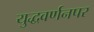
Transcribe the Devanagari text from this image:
युद्धवर्णनपर